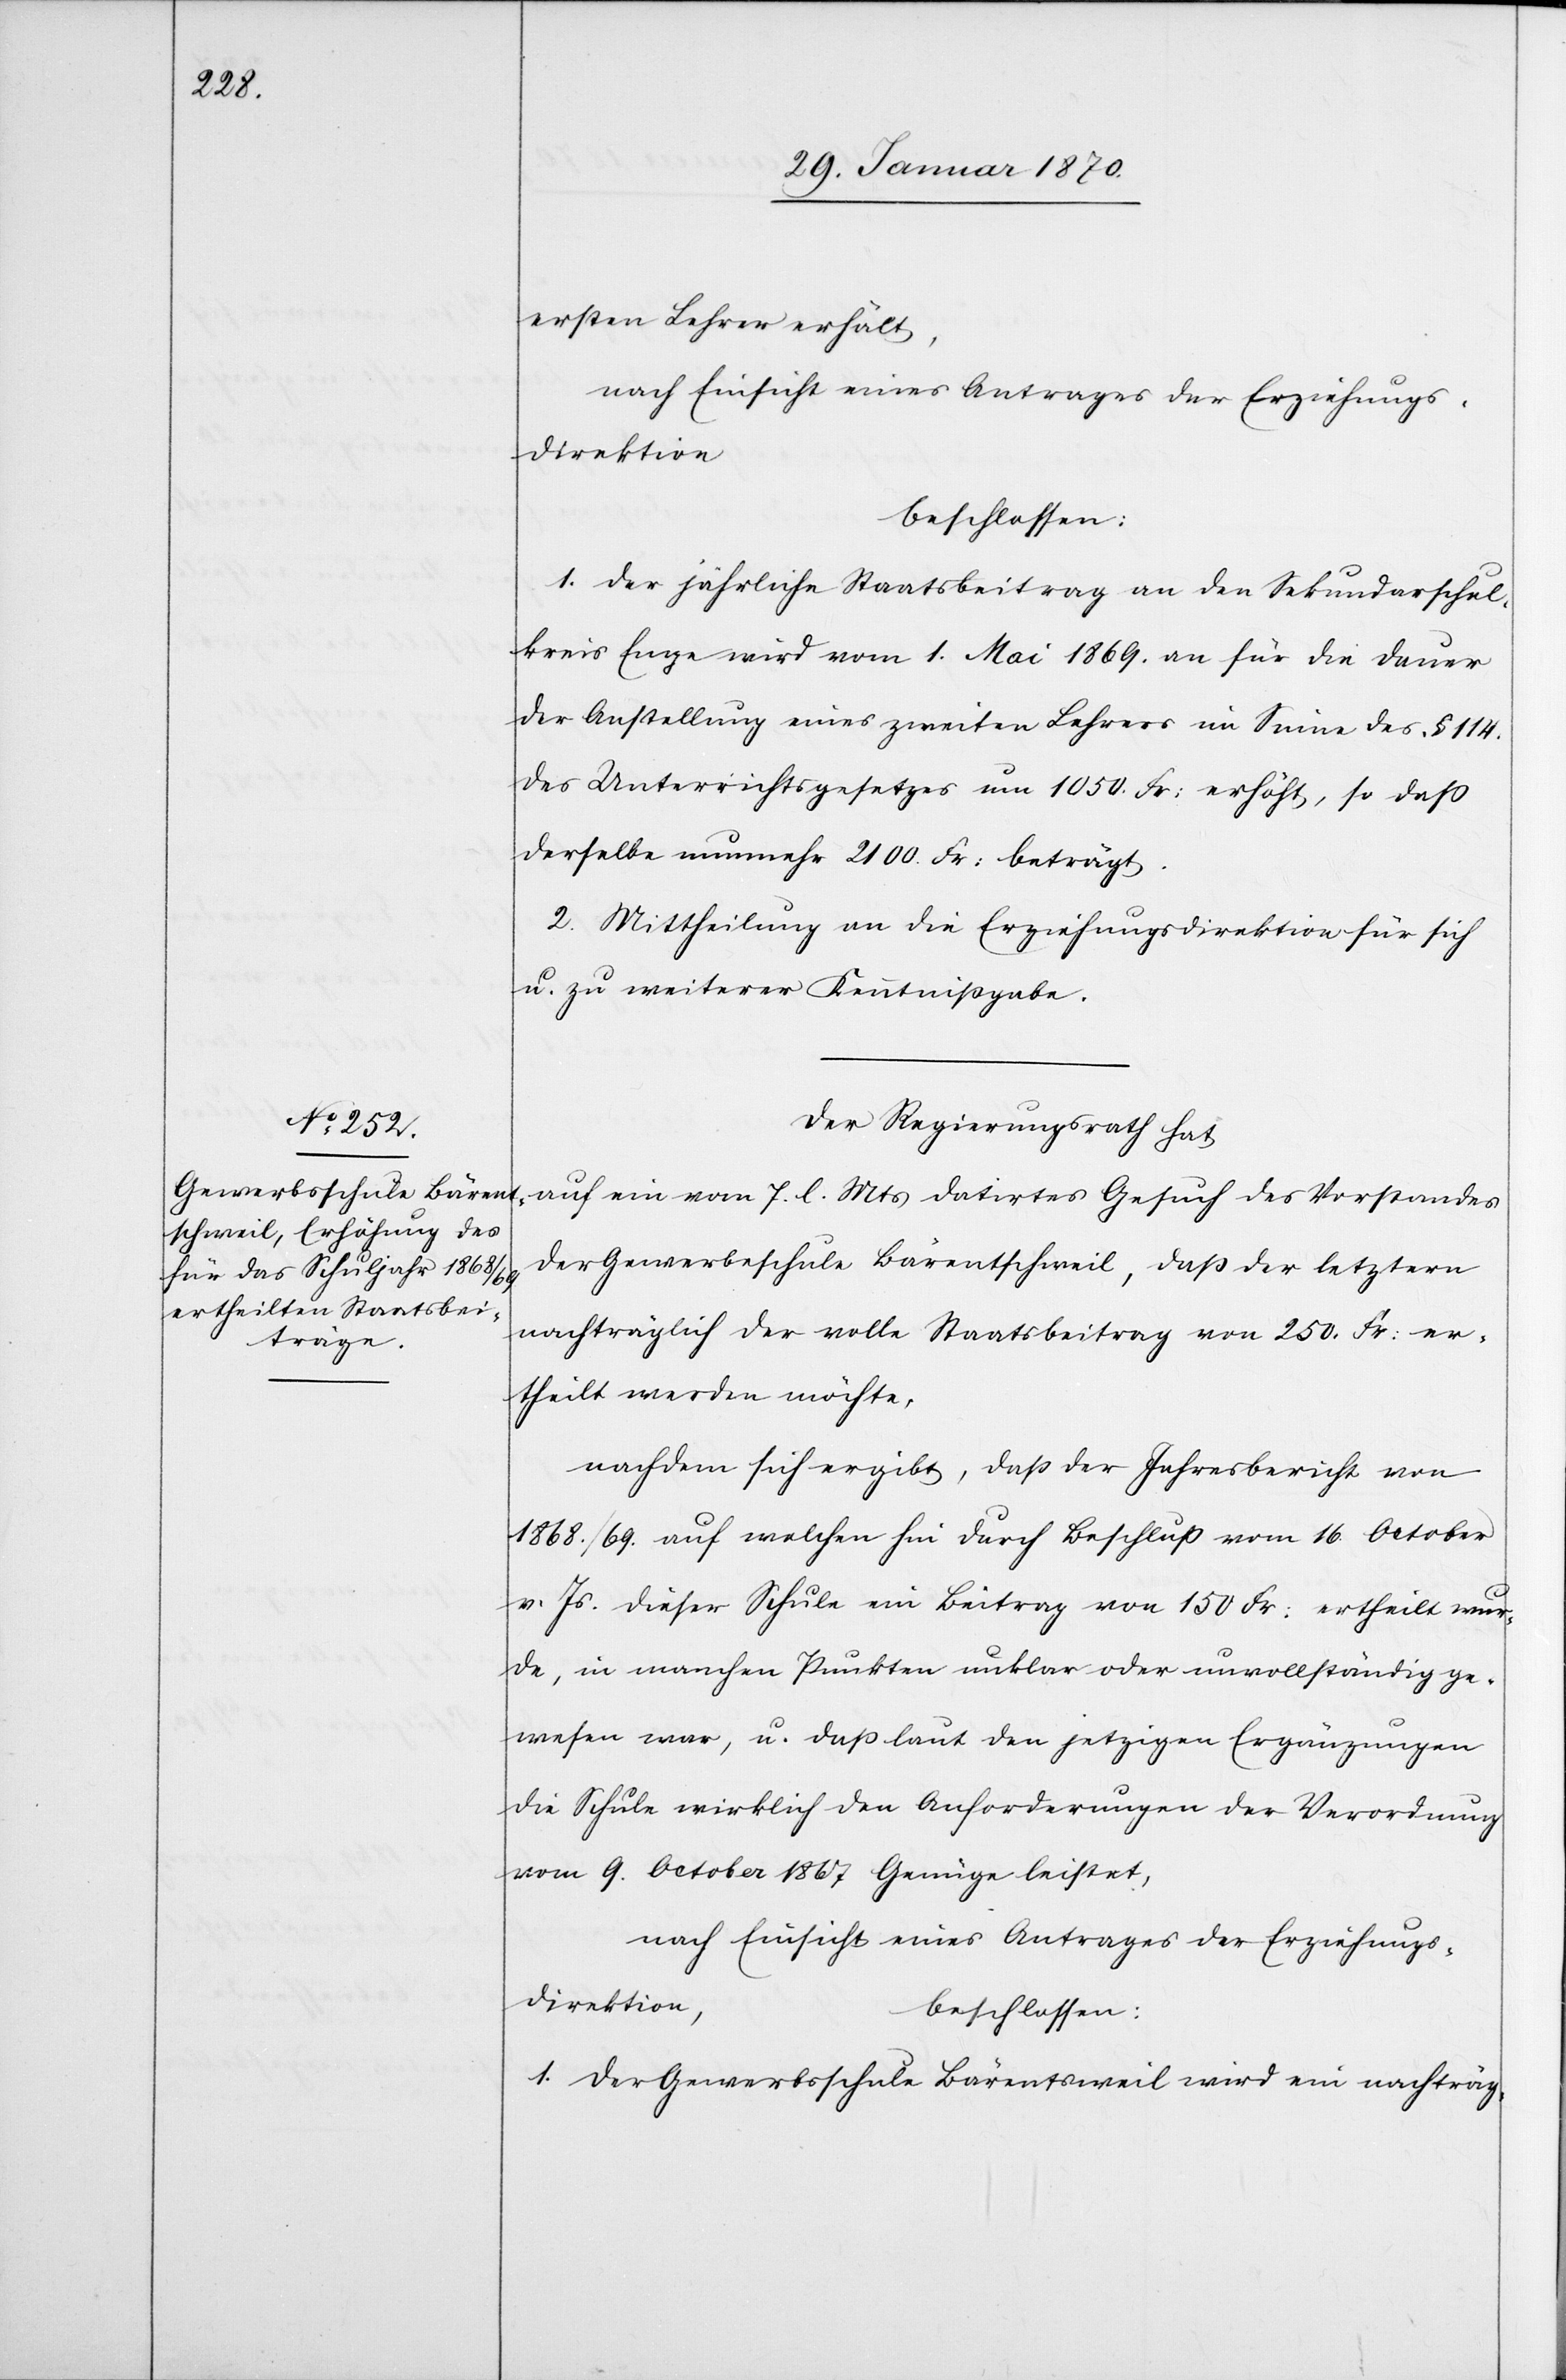
ersten Lehrer erhält,
nach Einsicht eines Antrages der Erziehungs¬
direktion
beschlossen:
1. Der jährliche Staatsbeitrag an den Sekundarschul¬
kreis Enge wird vom 1. Mai 1869. an für die Dauer
der Anstellung eines zweiten Lehrers im Sinne des § 114.
des Unterrichtsgesetzes um 1050 Fr: erhöht, so daß
derselbe nunmehr 2100 Fr: beträgt.
2. Mittheilung an die Erziehungsdirektion für sich
u. zu weiterer Kenntnißgabe.
Der Regierungsrath hat
auf ein vom 7. l. Mts datirtes Gesuch des Vorstandes
der Gewerbeschule Bärentschweil, daß der letztern
nachträglich der volle Staatsbeitrag von 250. Fr: er¬
theilt werden möchte,
nachdem sich ergibt, daß der Jahresbericht von
1868./69. auf welchen hin durch Beschluß vom 16. October
v. Js. dieser Schule ein Beitrag von 150 Fr: ertheilt wur¬
de, in manchen Punkten unklar oder unvollständig ge¬
wesen war, u. daß laut den jetzigen Ergänzungen
die Schule wirklich den Anforderungen der Verordnung
vom 9. October 1867 Genüge leistet,
nach Einsicht eines Antrages der Erziehungs¬
direktion,
beschlossen:
1. Der Gewerbsschule Bärentsweil wird ein nachträg-